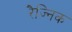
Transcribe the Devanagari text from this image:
रैज्निक